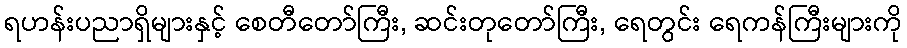
ရဟန်းပညာရှိများနှင့် စေတီတော်ကြီး, ဆင်းတုတော်ကြီး, ရေတွင်း ရေကန်ကြီးများကို